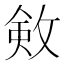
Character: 㪘